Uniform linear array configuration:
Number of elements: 16
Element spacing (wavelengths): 0.25
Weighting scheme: uniform
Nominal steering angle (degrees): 15
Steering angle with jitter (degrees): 14.138
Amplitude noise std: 0.05
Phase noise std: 0.05

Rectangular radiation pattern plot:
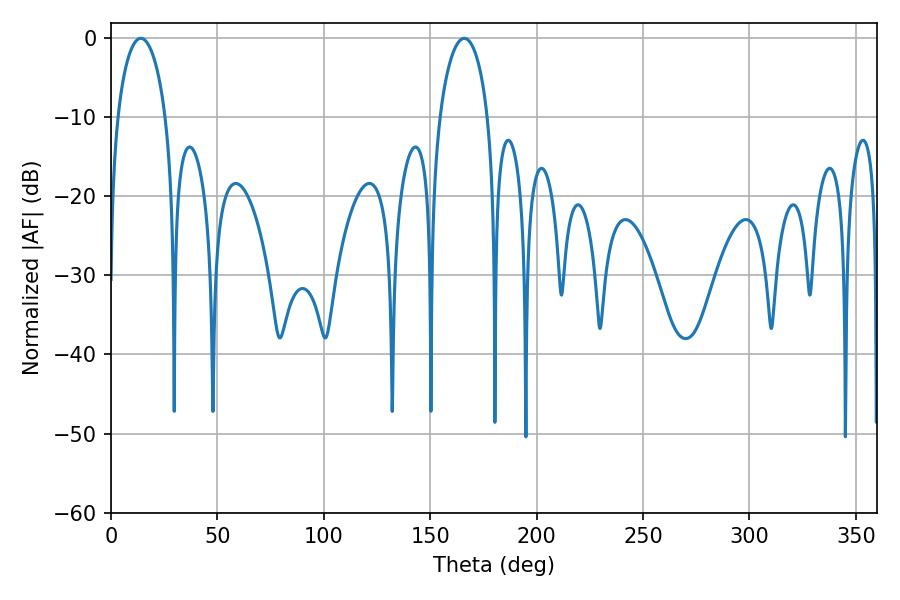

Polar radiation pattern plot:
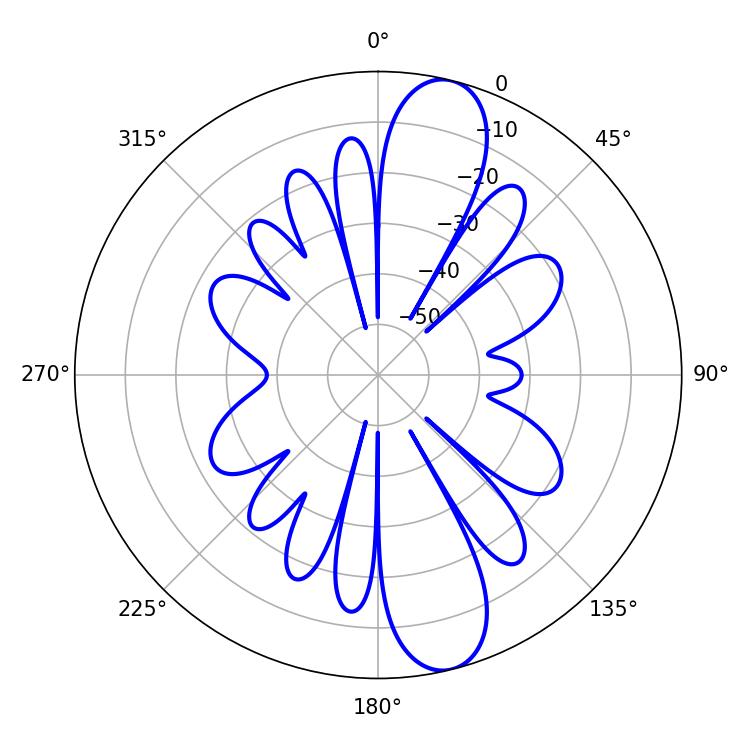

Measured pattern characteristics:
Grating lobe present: FALSE
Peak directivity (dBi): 12.192
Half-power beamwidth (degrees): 13.14
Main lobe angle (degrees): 14.04